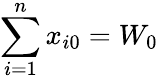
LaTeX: \sum_{i=1}^{n}x_{i0}=W_{0}